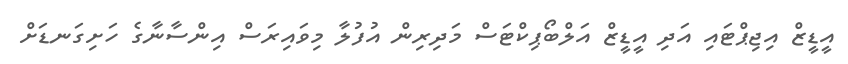
އީޑީޒް އިޖިޕްޓައި އަދި އީޑީޒް އަލްބޯޕިކްޓަސް މަދިރިން އުފުލާ މިވައިރަސް އިންސާނާގެ ހަށިގަނޑަށް